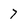
Character: 7